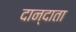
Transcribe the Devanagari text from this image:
दान्दाता